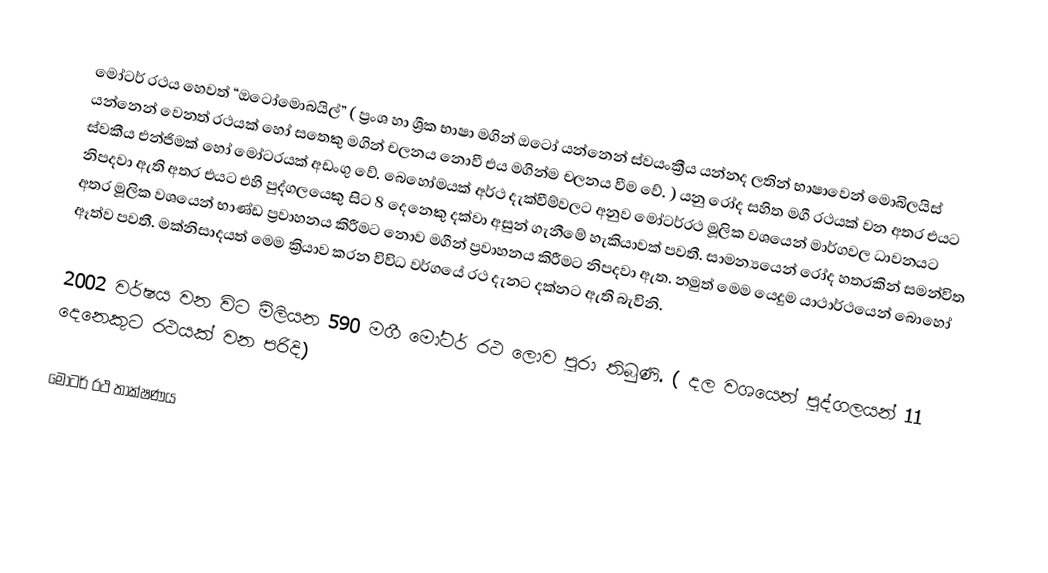
මෝටර් රථය හෙවත් “ඔටෝමොබයිල්” ( ප්‍රංශ හා ශ්‍රීක භාෂා මගින් ඔටෝ යන්නෙන් ස්වයංක්‍රීය යන්නද ලතින් භාෂාවෙන් මොබිලයිස් යන්නෙන් වෙනත් රථයක් හෝ සතෙකු මගින් චලනය නොවී එය මගින්ම චලනය වීම වේ. ) යනු රෝද සහිත මගී රථයක් වන අතර එයට ස්වකීය එන්ජිමක් හෝ මෝටරයක් අඩංගු වේ. බෙහෝමයක් අර්ථ දැක්වීම්‍වලට අනුව මෝටර්රථ මූලික වශයෙන් මාර්ගවල ධාවනයට නිපදවා ඇති අතර එයට එහි පුද්ගලයෙකු සිට 8 දෙනෙකු දක්වා අසුන් ගැනීමේ හැකියාවක් පවතී. සාමන්‍යයෙන් රෝද හතරකින් සමන්විත අතර මූලික වශයෙන් භාණ්ඩ ප්‍රවාහනය කිරීමට නොව මගීන් ප්‍රවාහනය කිරීමට නිපදවා ඇත. නමුත් මෙම යෙදුම යාථාර්ථයෙන් බොහෝ ඈත්ව පවතී. මක්නිසාදයත් මෙම ක්‍රියාව කරන විවිධ වර්ගයේ රථ දැනට දක්නට ඇති බැවිනි.

2002 වර්ෂය වන විට මිලියන 590 මගී මෝටර් රථ ලොව පුරා තිබුණි. ( දල වශයෙන් පුද්ගලයන් 11 දෙනෙකුට රථයක් වන පරිදි)

මෝටර් රථ තාක්ෂණය